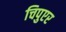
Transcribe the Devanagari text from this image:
चिपुएर